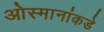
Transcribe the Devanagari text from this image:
ओस्मानांकडे